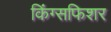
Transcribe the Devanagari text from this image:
किंग्सफिशर